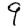
Digit: 9